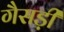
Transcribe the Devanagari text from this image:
गैसड़ी